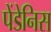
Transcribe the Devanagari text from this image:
पेंडेनिस